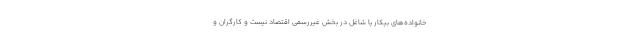
خانواده‌های بیکار یا شاغل در بخش غیررسمی اقتصاد نیست و کارگران و